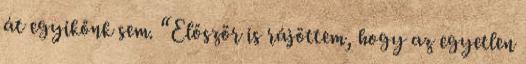
át egyikőnk sem. “Először is rájöttem, hogy az egyetlen